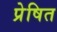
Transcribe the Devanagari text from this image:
प्रेषित